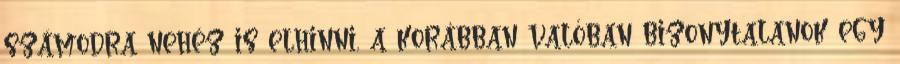
számodra nehéz is elhinni, a korábban valóban bizonytalanok egy